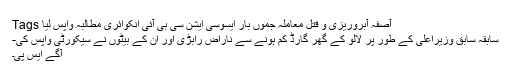
ْ
Tags آصفہ آبروریزی و قتل معاملہ جموں بار ایسوسی ایشن سی بی آئی انکوائری مطالبہ واپس لیا
سابقہ سابق وزیراعلی کے طور پر لالو کے گھر گارڈ کم ہونے سے ناراض رابڑی اور ان کے بیٹوں نے سیکورٹی واپس کی-
آگے ایس پی۔